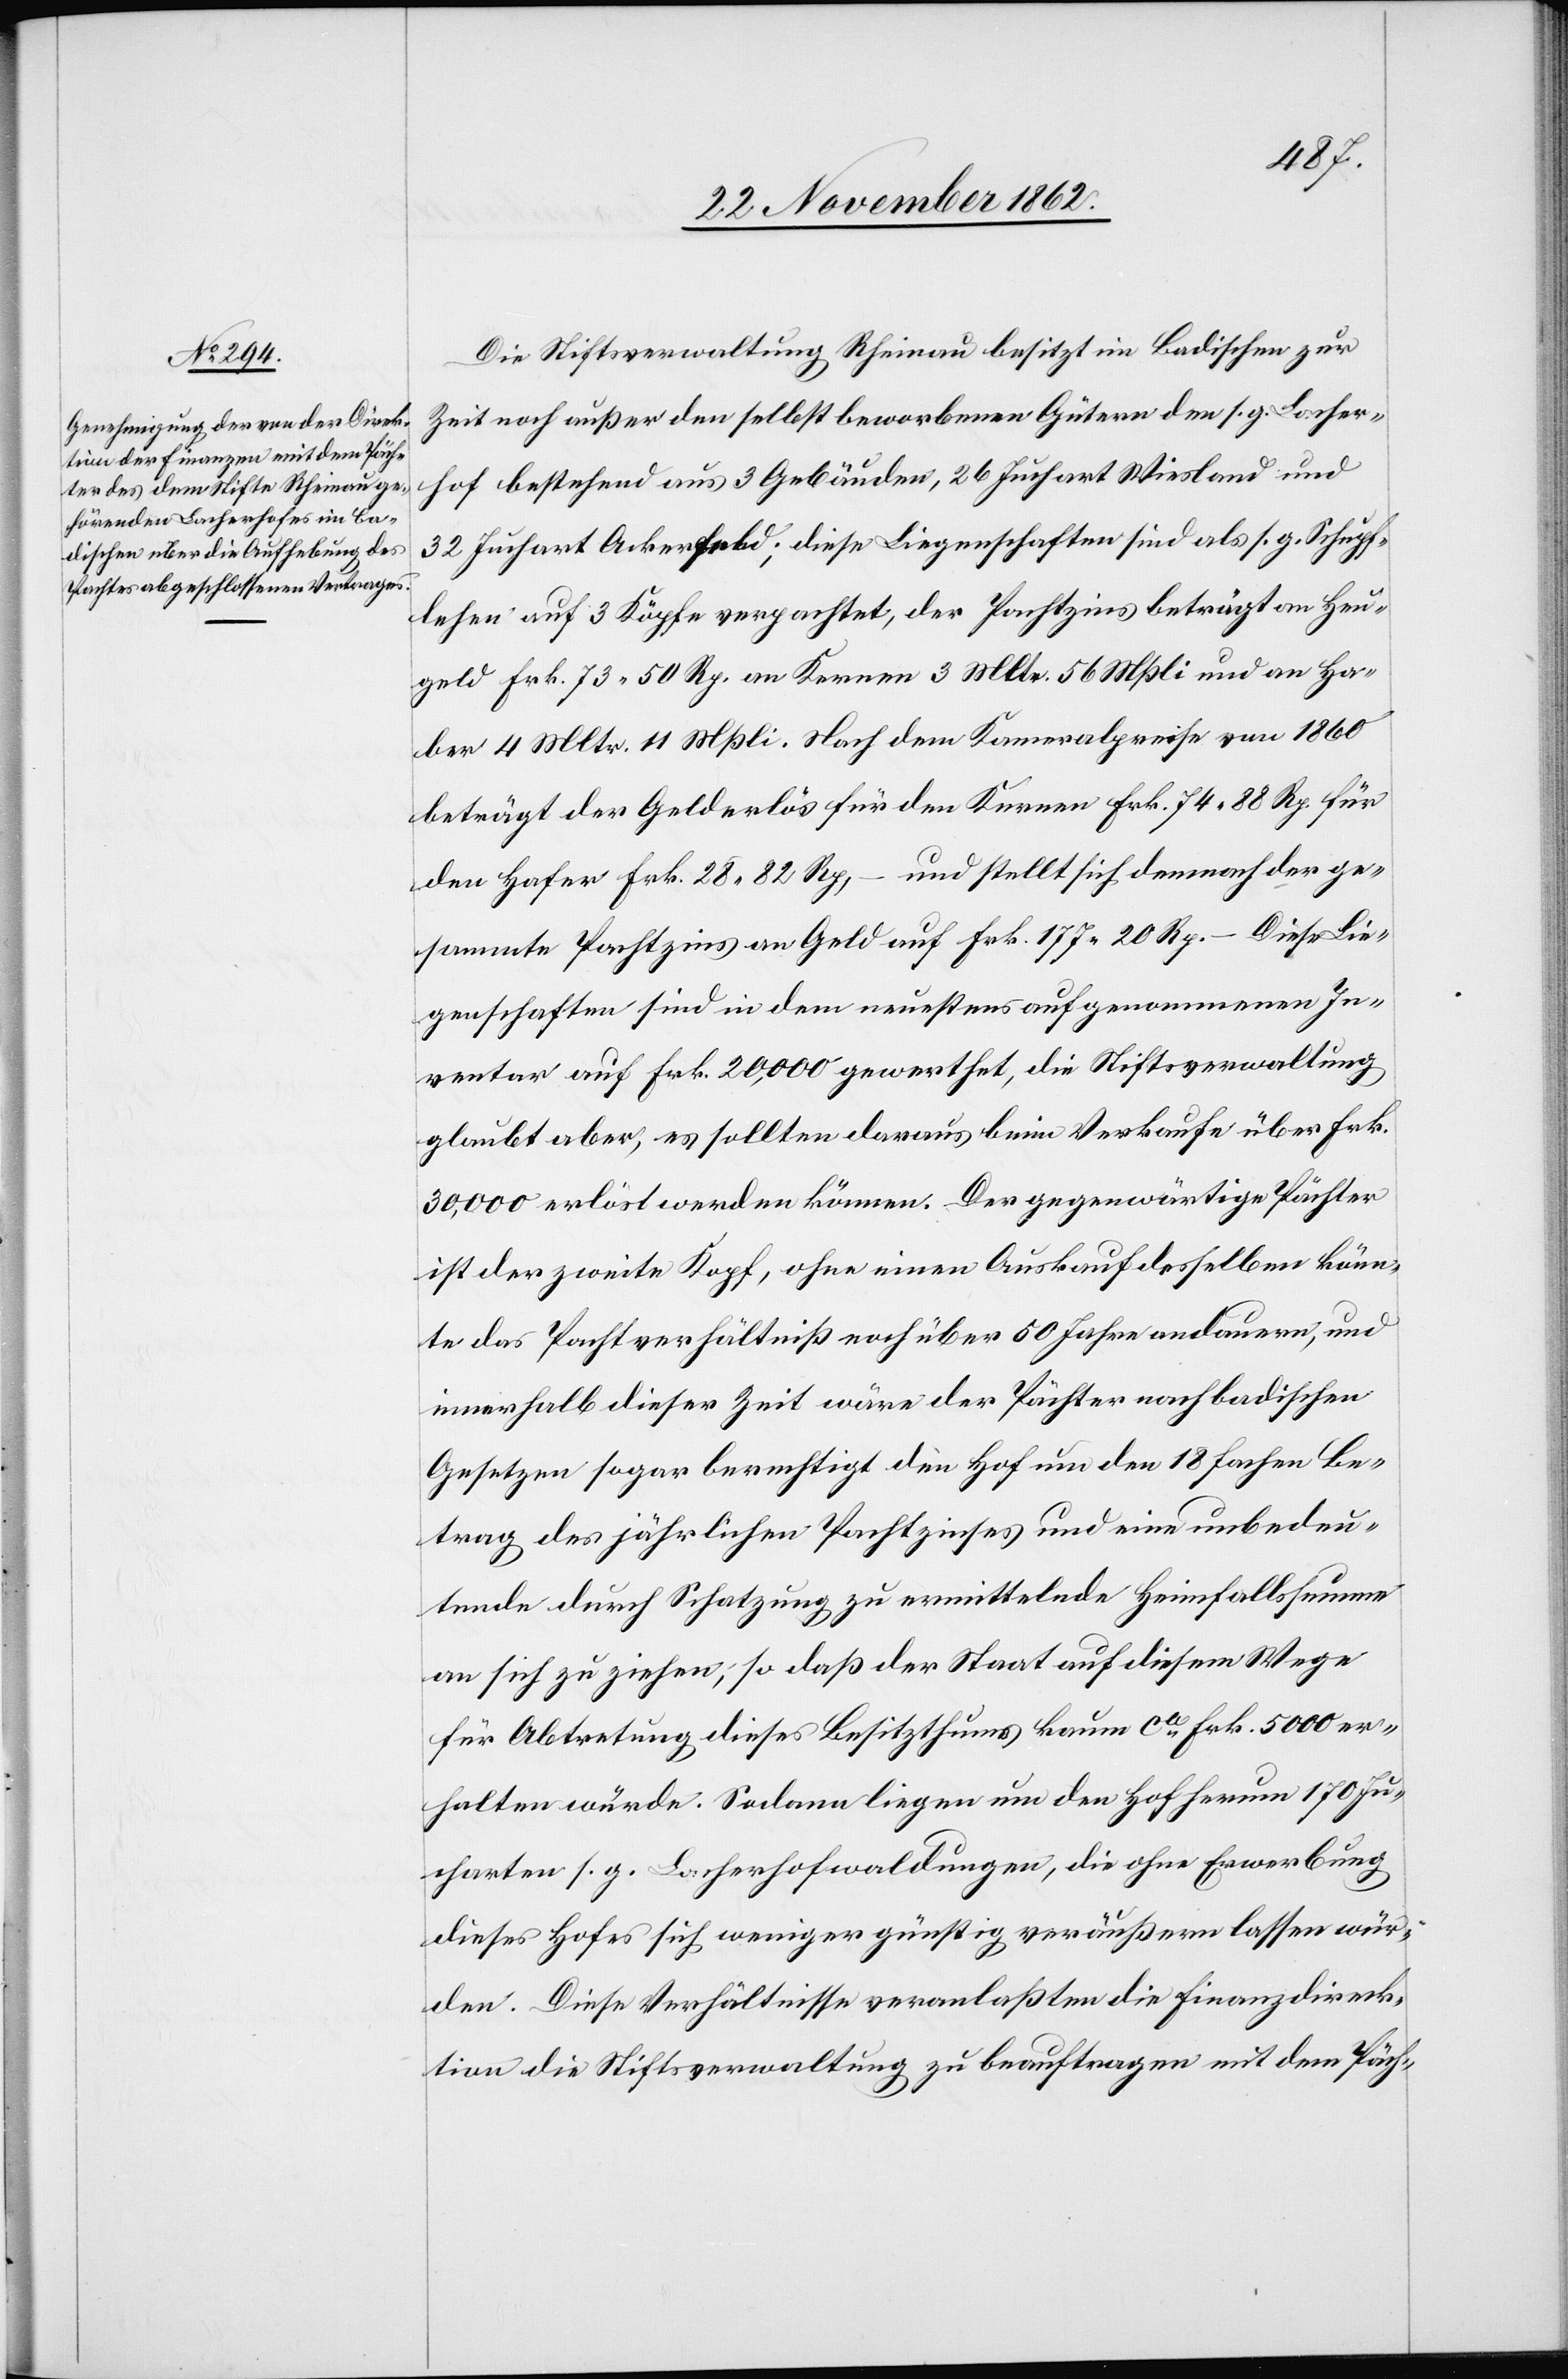
Die Stiftsverwaltung Rheinau besitzt im Badischen zur
Zeit noch außer den selbst beworbenen Gütern den s. g. Locher¬
hof bestehend aus 3 Gebäuden, 26 Juchart Wiesland und
32 Juchart Ackerfeld; diese Liegenschaften sind als s. g. Schupf¬
lehen auf 3 Köpfe verpachtet, der Pachtzins beträgt an Heu¬
geld Frk. 73 50 Rp. an Kernen 3 Mltr. 56 Mßli. und an Ha¬
ber 4 Mltr. 11 Mßli. Nach dem Kameralpreise von 1860
beträgt der Gelderlös für den Kernen Frk. 74 88 Rp. für
und stellt sich demnach der ge¬
den Hafer Frk. 28 82 Rp.
sammte Pachtzins an Geld auf Frk. 177 20 Rp. – Diese Lie¬
genschaften sind in dem neustens aufgenommenen In¬
ventar auf Frk. 20,000 gewerthet, die Stiftsverwaltung
glaubt aber, es sollten daraus beim Verkaufe über Frk.
30,000 erlöst werden können. Der gegenwärtige Pächter
ist der zweite Kopf, ohne einen Auskauf desselben könn¬
te das Pachtverhältniß noch über 50 Jahre andauern, und
innerhalb dieser Zeit wäre der Pächter nach badischen
Gesetzen sogar berechtigt den Hof um den 18 fachen Be¬
trag des jährlichen Pachtzinses und eine unbedeu¬
tende durch Schatzung zu ermittelnde Heimfallssumme
an sich zu ziehen, so daß der Staat auf diesem Wege
für Abtretung dieses Besitzthums kaum ca Frk. 5000 er¬
halten würde. Sodann liegen um den Hof herum 170 Ju¬
charten s. g. Locherhofwaldungen, die ohne Erwerbung
dieses Hofes sich weniger günstig veräußern lassen wür¬
den. Diese Verhältnisse veranlaßten die Finanzdirek¬
tion die Stiftsverwaltung zu beauftragen mit dem Päch-